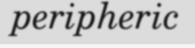
peripheric